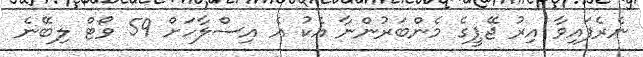
ނެރެފައިވާ އިރު ޖޭޕީގެ މެންބަރުންނާ އެކު އެ އިސްލާހަށް 59 ވޯޓް ލިބޭނެ